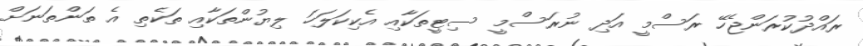
ރައްދުކުރަންޖެހޭ ރަސްމީ އަދި ނުރަސްމީ ސިޓީތަކާއި އެކިކަލަހަ ލިޔުންތަކާއި ތަކެތި އެ ތަންތަނަށް